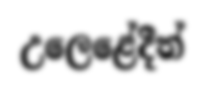
උලෙළේදීත්